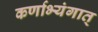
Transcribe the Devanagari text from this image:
कर्णाभ्यंगात्‌